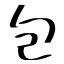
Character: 包